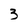
Character: 3